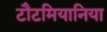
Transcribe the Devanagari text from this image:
टौटमियानिया